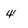
Character: 4